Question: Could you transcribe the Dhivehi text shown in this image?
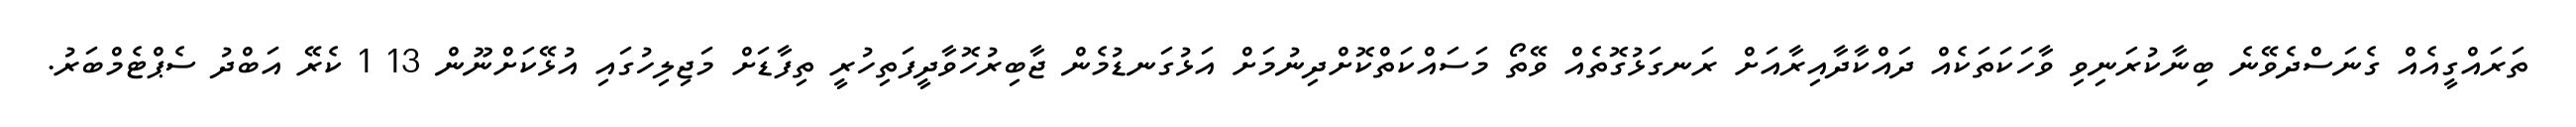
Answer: ތަރައްގީއެއް ގެނަސްދެވޭނެ ބިނާކުރަނިވި ވާހަކަތަކެއް ދައްކާދާއިރާއަށް ރަނގަޅުގޮތެއް ވޭތޯ މަސައްކަތްކޮށްދިނުމަށް އަޅުގަނޑުމެން ޖާބިރުހޮވާދީފަތިހުރީ ތިފާޑަށް މަޖިލިހުގައި އުޅޭކަށްނޫން 13 1 ކެރޭ އަބްދު ސެޕްޓެމްބަރު.